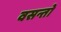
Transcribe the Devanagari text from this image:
वसन्तो